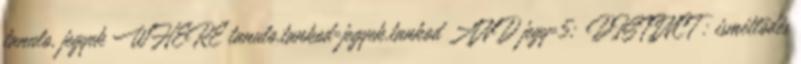
tanulo, jegyek WHERE tanulo.tankod=jegyek.tankod AND jegy=5; DISTINCT : ismétlődés